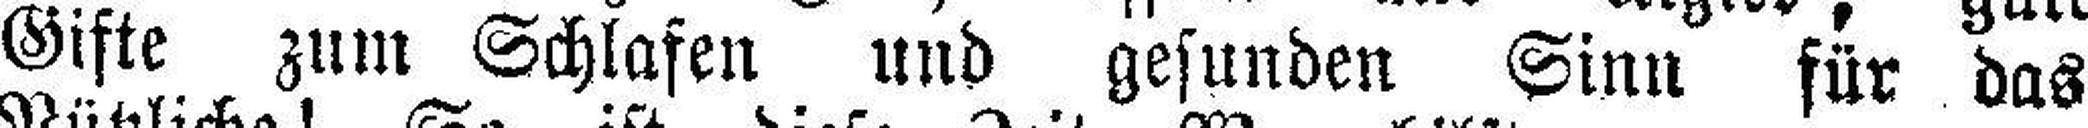
Gifte zum Schlafen und gesunden Sinn für das